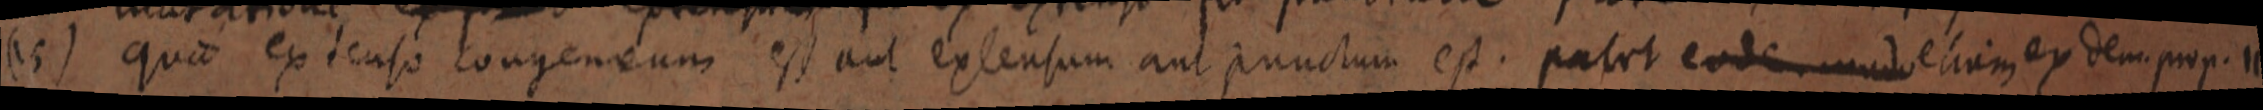
(15) Quae extenso congeneum est aut extensum aut punctum est. patet eodem modo etiam ex dem. prop. 11